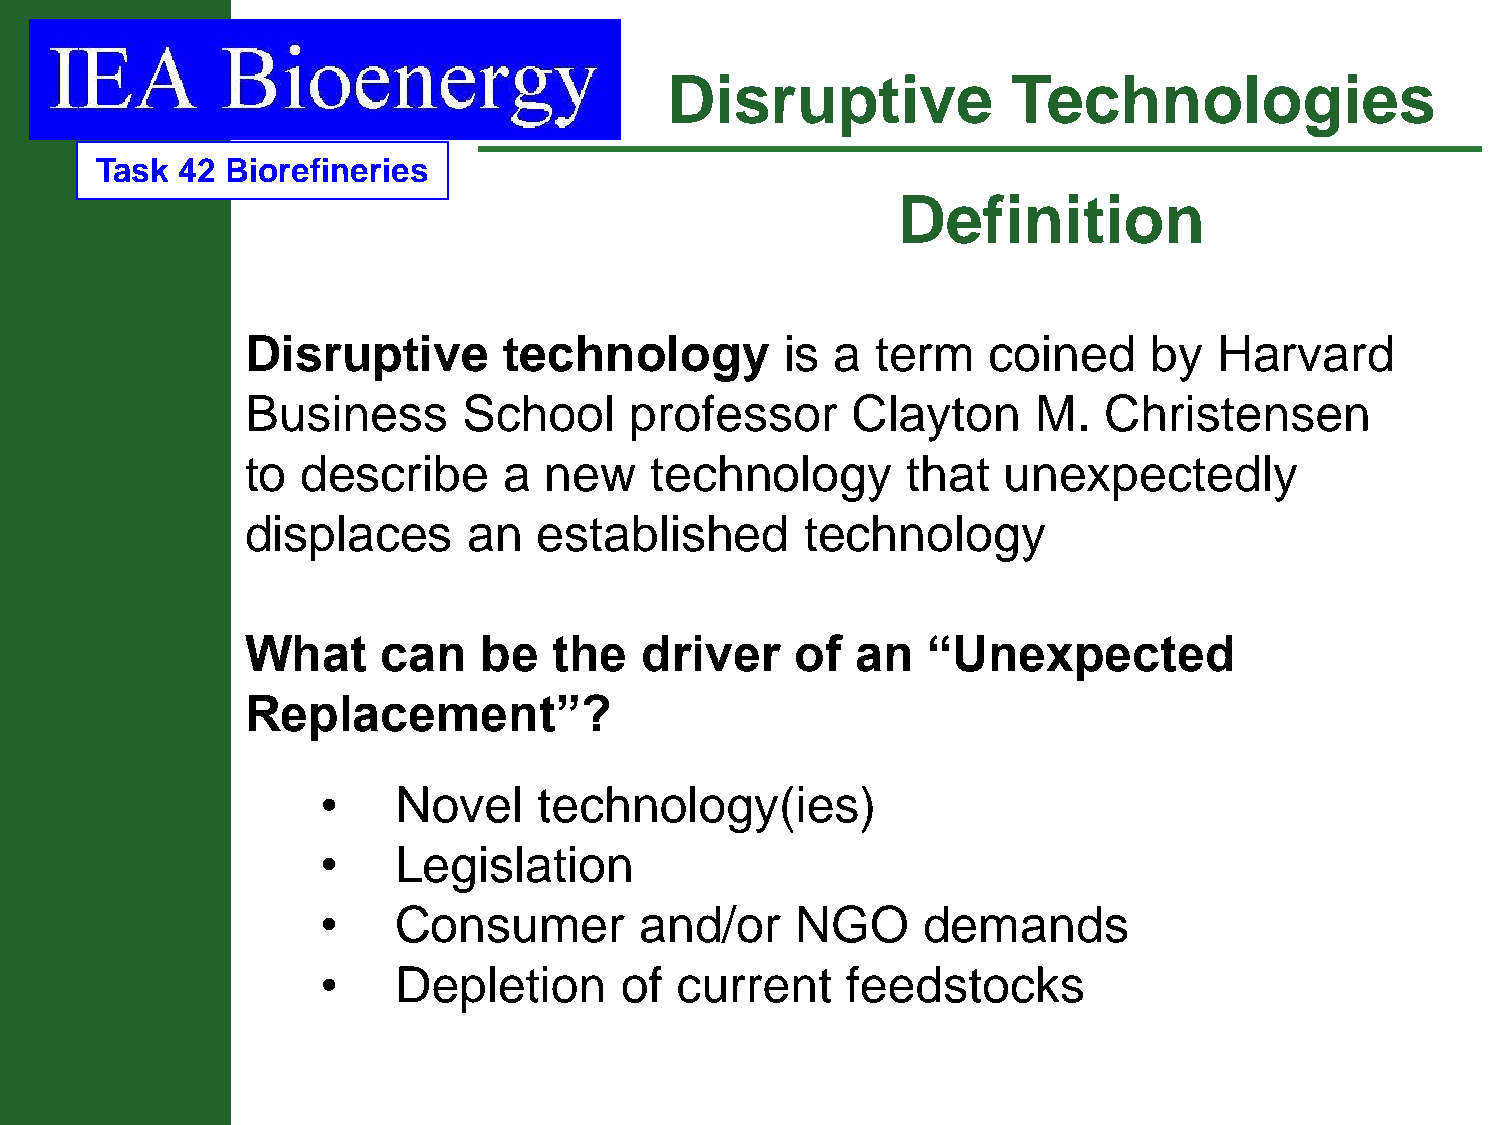
Disruptive             Technologies
 Task  42 Biorefineries
 Definition
 Disruptive       technology         is a  term   coined     by   Harvard
 Business       School     professor     Clayton      M.  Christensen
 to  describe     a  new    technology       that  unexpectedly
 displaces      an   established      technology
 What     can    be   the   driver    of  an  “Unexpected
 Replacement”?
 •    Novel     technology(ies)
 •    Legislation
 •    Consumer        and/or     NGO     demands
 •    Depletion      of  current    feedstocks